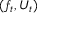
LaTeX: ( f _ { t } , U _ { t } )